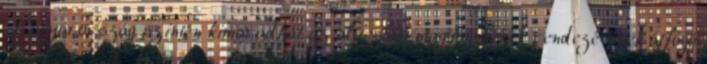
Magyarország szintén kimaradhat az alacsony magyar bérek rendezésének átfogó